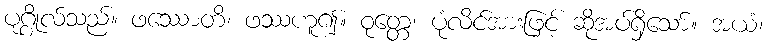
ပုဂ္ဂိုလ်သည်။ ဖဿောတိ၊ ဖဿဟူ၍။ ဝုတ္တေ၊ ပုံလိင်အားဖြင့် ဆိုအပ်ရှိသော်။ အယံ၊